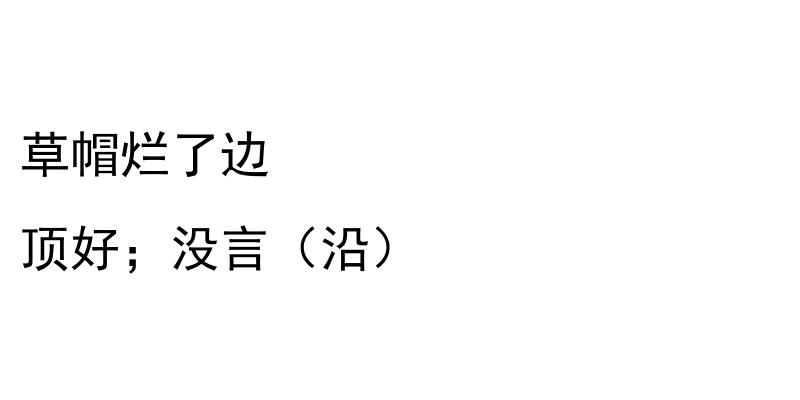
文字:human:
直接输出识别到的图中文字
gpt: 草帽烂了边 顶好；没言（沿）